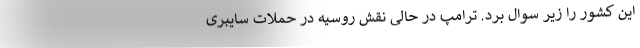
این کشور را زیر سوال برد. ترامپ در حالی نقش روسیه در حملات سایبری